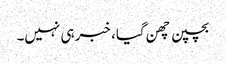
بچپن چھن گیا، خبر ہی نہیں۔